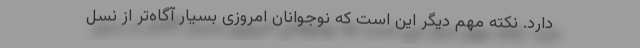
دارد. نکته مهم دیگر این است که نوجوانان امروزی بسیار آگاه‌تر از نسل